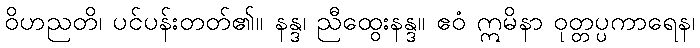
ဝိဟညတိ၊ ပင်ပန်းတတ်၏။ နန္ဒ၊ ညီထွေးနန္ဒ။ ဧဝံ ဣမိနာ ဝုတ္တပ္ပကာရေန၊